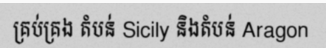
គ្រប់គ្រង តំបន់ Sicily និងតំបន់ Aragon